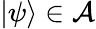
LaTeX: \vert\psi\rangle\in{\mathcal{A}}